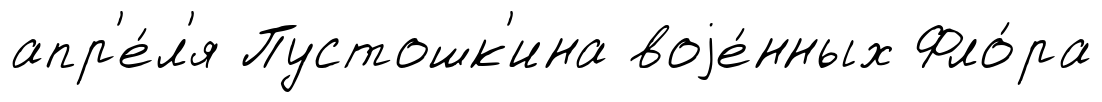
апр'е́л'я Пустошк'ина воjе́нных Фло́ра